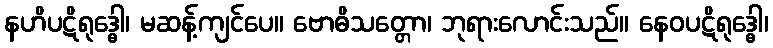
နဟိပဋိရုဒ္ဓေါ၊ မဆန့်ကျင်ပေ။ ဗောဓိသတ္တော၊ ဘုရားလောင်းသည်။ နေဝပဋိရုဒ္ဓေါ၊